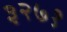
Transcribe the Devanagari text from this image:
३२७१